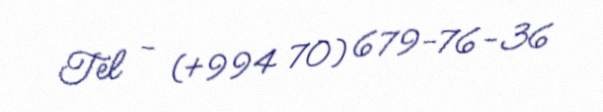
Tel - (+994 70) 679-76-36